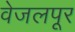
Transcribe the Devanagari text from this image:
वेजलपूर